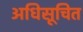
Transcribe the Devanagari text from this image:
अधिसूचित